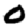
Digit: 0